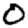
Digit: 0